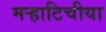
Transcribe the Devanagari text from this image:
मऱ्हाटिचीया